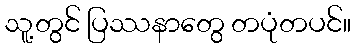
သူ့တွင် ပြဿနာတွေ တပုံတပင်။